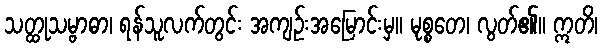
သတ္ထုသမ္ဗာဓာ၊ ရန်သူလက်တွင်း အကျဉ်းအမြောင်းမှ။ မုစ္စတေ၊ လွတ်၏။ ဣတိ၊